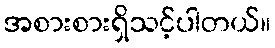
အစားစားရှိသင့်ပါတယ်။